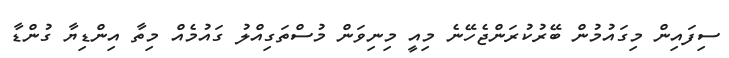
ސިފައިން މިގައުމުން ބޭރުކުރަންޖެހޭނެ މިއީ މިނިވަން މުސްތަގިއްލު ގައުމެއް މިތާ އިންޑިޔާ ގުންޑާ